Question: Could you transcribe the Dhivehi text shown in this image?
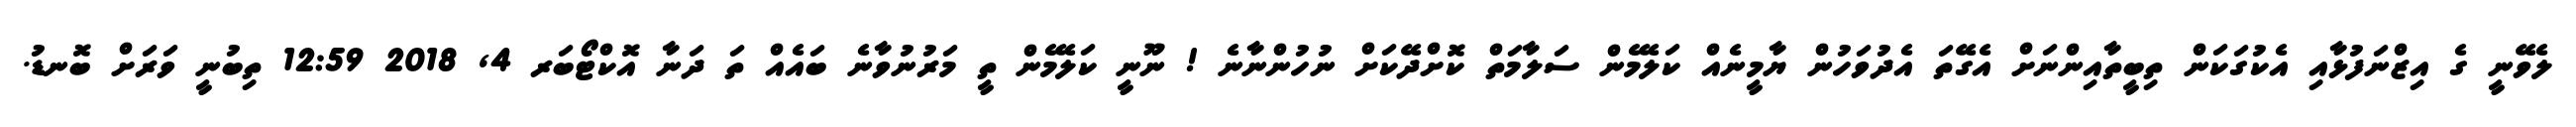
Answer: ލެވޭނީ ގެ އިޒްނަފުޅާއި އެކުގަކަން ތިބީތާއިންނަށް އެގޭތަ އެދުވަހުން ޔާމީނެއް ކަލޭމެން ސަލާމަތް ކޮށްދޭކަށް ނުހުންނާނެ ! ނޫނީ ކަލޭމެން ތީ މަރުނުވާނެ ބައެއް ތަ ދަނާ އޮކްޓޯބަރ 4, 2018 12:59 ތިބުނީ ވަރަށް ބޮނޑު.